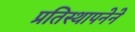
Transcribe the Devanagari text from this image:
प्रतिस्थापनेने